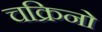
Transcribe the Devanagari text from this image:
चक्रिनो